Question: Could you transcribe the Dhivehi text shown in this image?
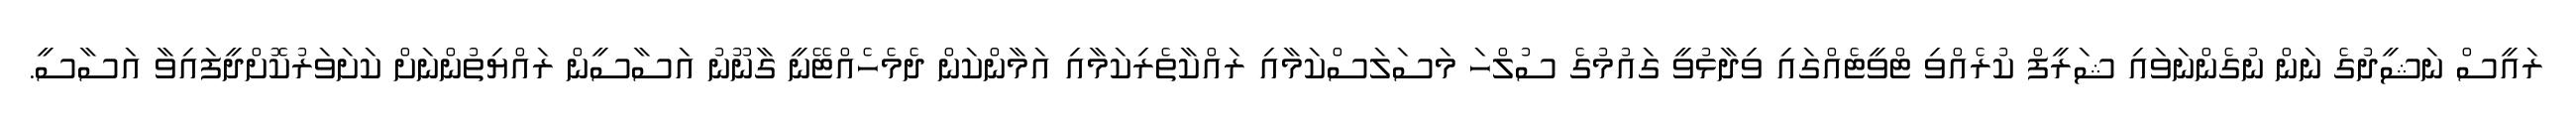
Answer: ރައީސް ނަޝީދުގެ ނަން ނުގެންނަވައި ޝަރީފް ކުރެއްވި ޓްވީޓެއްގައި ވިދާޅުވީ ގައުމުގެ ސުލްހަ މަސަލަސްކަމާއި ރައްކާތެރިކަމާއި އަމާންކަން ދެމެހެއްޓޭނީ ގާނޫނު އަސާސީން ރައްޔިތުންނަށް ކަށަވަރުކޮށްދީފައިވާ އަސާސީ.